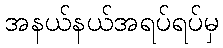
အနယ်နယ်အရပ်ရပ်မှ